Report on vaccination in Madras 1904-1921 - 1904-1921
Year: 1904
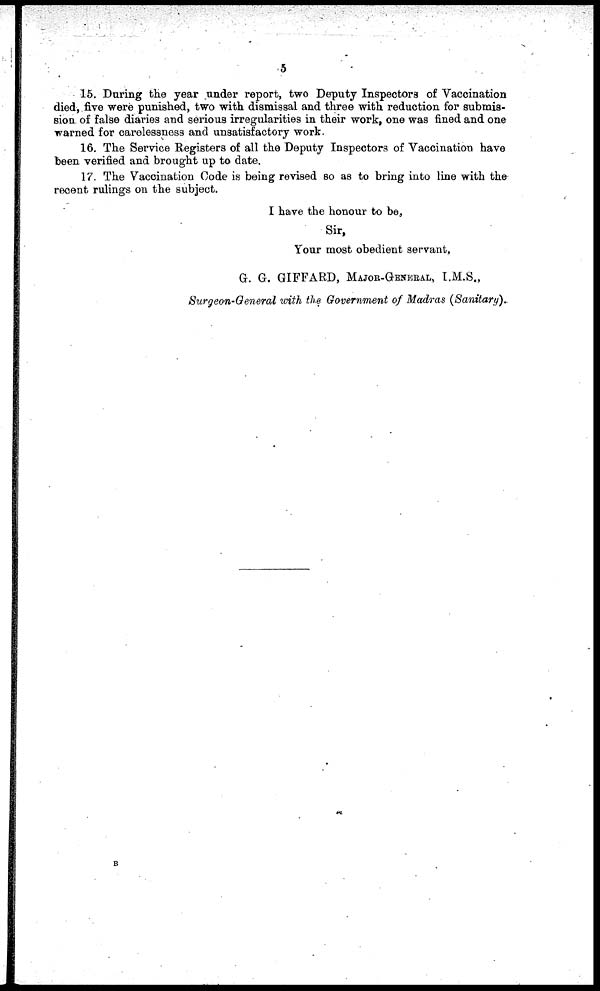
5
15. During the year under report, two Deputy Inspectors of Vaccination
died, five were punished, two with dismissal and three with reduction for submis-
sion of false diaries and serious irregularities in their work, one was fined and one
warned for carelessness and unsatisfactory work.
16. The Service Registers of all the Deputy Inspectors of Vaccination have
been verified and brought up to date.
17. The Vaccination Code is being revised so as to bring into line with the
recent rulings on the subject.
I have the honour to be,
Sir,
Your most obedient servant,
G. G. GIFFARD, MAJOR-GENERAL, I.M.S.,
Surgeon-General with the Government of Madras (Sanitary).
B